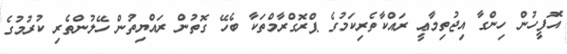
އޮފީހުން ހިންގާ އިޖުތިމާޢީ ރައްކާތެރިކަމުގެ ޕްރޮގްރާމްތަކާ ބެހޭ ގޮތުން ރައްޔިތުން ހޭލުންތެރި ކުރުމުގެ